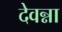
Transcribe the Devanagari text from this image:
देवन्ना